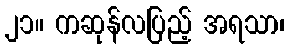
၂၁။ ကဆုန်လပြည့် အရသာ၊